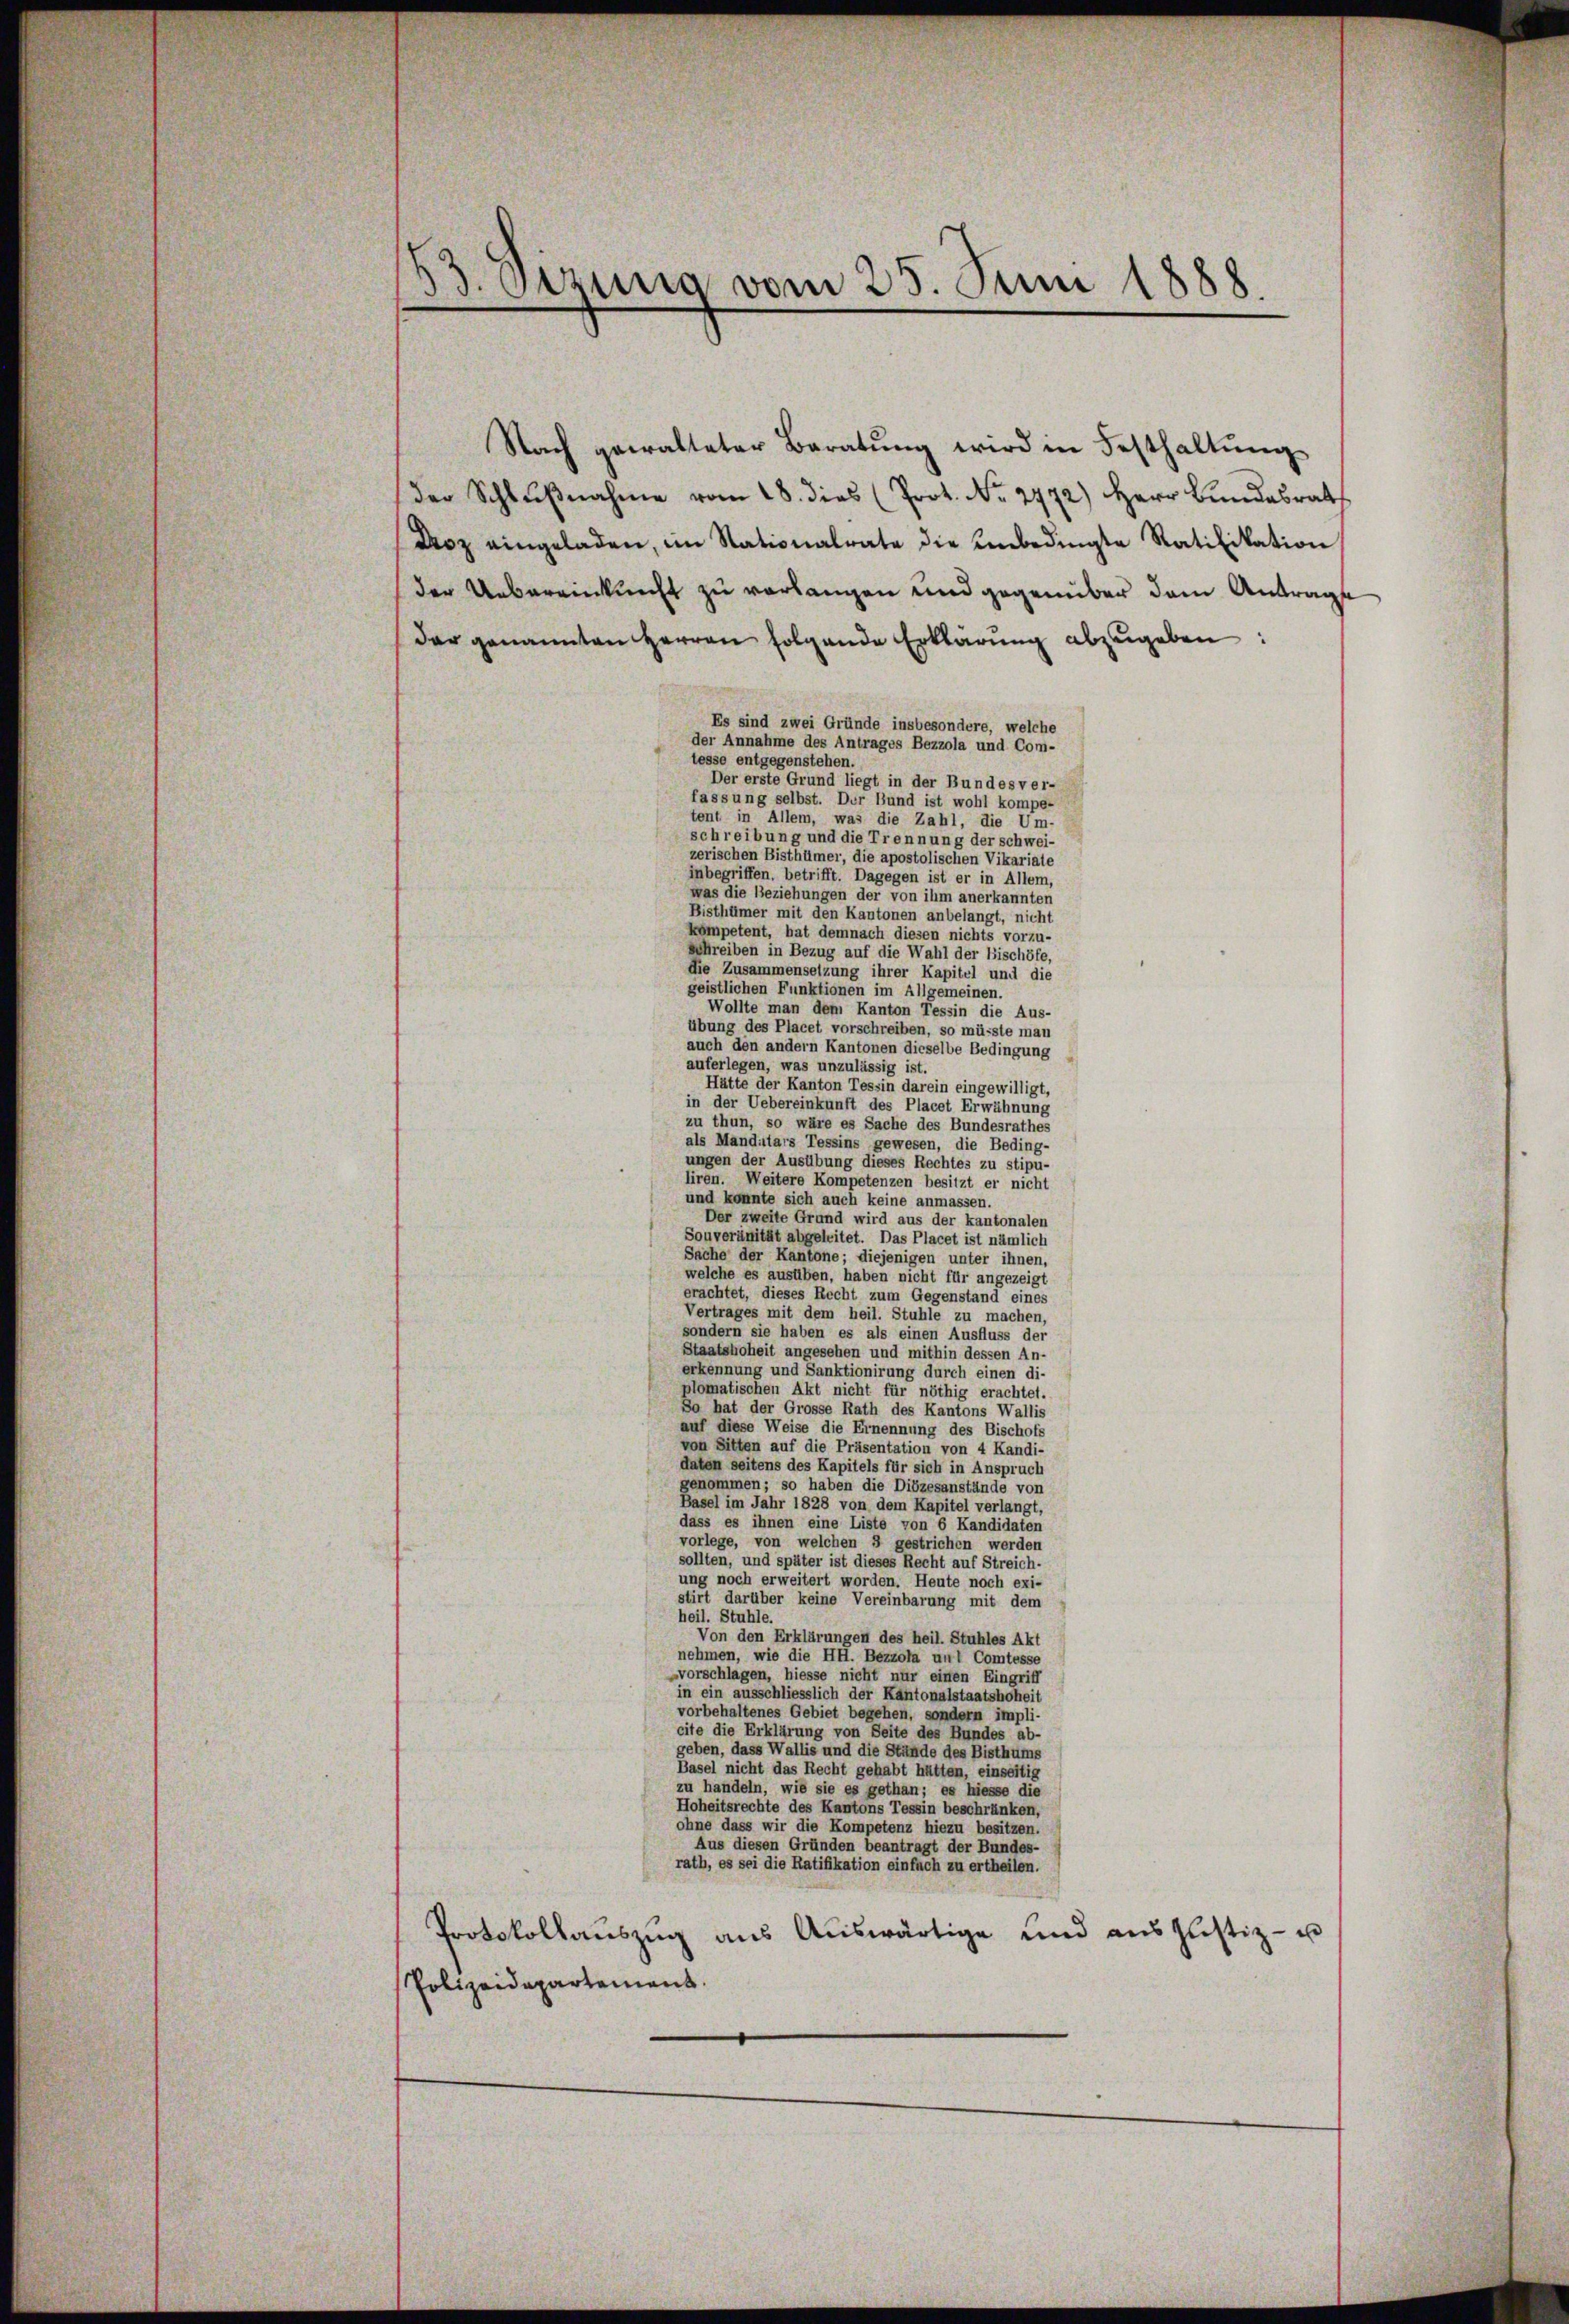
53. Sizung vom 25. Juni 1888.

Nach gewalteter Beratŭng wird in Festhaltung
der Schlŭβnahme vom 18. dies (Prot. Nr. 2472) Herr Bundesrat
Boz eingeladen, im Nationalrate die Unbedingte Ratifikation
der Uebereinkunft zu verlangen und gegenüber dem Antrage
dar genannten Herren folgende Erklärung abzugeben:
Es sind zwei Gründe insbesondere, welche
der Annahme des Antrages Bezzola und Com-
tesse entgegenstehen.
Der erste Grund liegt in der Bundesver-
fassung selbst. Der Bund ist wohl kompe-
tent in Allem, was die Zahl, die Um-
schreibung und die Trennung der schwei-
zerischen Bisthümer, die apostolischen Vikariate
inbegriffen, betrifft. Dagegen ist er in Allem,
was die Beziehungen der von ihm anerkannten
Bisthümer mit den Kantonen anbelangt, nicht
kompetent, hat demnach diesen nichts vorzu-
schreiben in Bezug auf die Wahl der Bischöfe,
die Zusammensetzung ihrer Kapitel und die
geistlichen Funktionen im Allgemeinen.
Wollte man dem Kanton Tessin die Aus-
übung des Placet vorschreiben, so müsste man
auch den andern Kantonen dieselbe Bedingung
auferlegen, was unzulässig ist.
Hätte der Kanton Tessin darein eingewilligt,
in der Uebereinkunft des Placet Erwähnung
zu thun, so wäre es Sache des Bundesrathes
als Mandatars Tessins gewesen, die Beding-
ungen der Ausübung dieses Rechtes zu stipu-
liren. Weitere Kompetenzen besitzt er nicht
und konnte sich auch keine anmassen.
Der zweite Grund wird aus der kantonalen
Souveränität abgeleitet. Das Placet ist nämlich
Sache der Kantone; diejenigen unter ihnen,
welche es ausüben, haben nicht für angezeigt
erachtet, dieses Recht zum Gegenstand eines
Vertrages mit dem heil. Stuhle zu machen,
sondern sie haben es als einen Ausfluss der
Staatshoheit angesehen und mithin dessen An-
erkennung und Sanktionirung durch einen di-
plomatischen Akt nicht für nöthig erachtet.
So hat der Grosse Rath des Kantons Wallis
auf diese Weise die Ernennung des Bischofs
von Sitten auf die Präsentation von 4 Kandi-
daten seitens des Kapitels für sich in Anspruch
genommen; so haben die Diözesanstände von
Basel im Jahr 1828 von dem Kapitel verlangt,
dass es ihnen eine Liste von 6 Kandidaten
vorlege, von welchen 3 gestrichen werden
sollten, und später ist dieses Recht auf Streich-
ung noch erweitert worden. Heute noch exi-
stirt darüber keine Vereinbarung mit dem
heil. Stuhle.
Von den Erklärungen des heil. Stuhles Akt
nehmen, wie die HH. Bezzola unt Comtesse
-vorschlagen, hiesse nicht nur einen Eingriff
in ein ausschliesslich der Kantonalstaatshoheit
vorbehaltenes Gebiet begehen, sondern impli-
cite die Erklärung von Seite des Bundes ab-
geben, dass Wallis und die Stände des Bisthums
Basel nicht das Recht gehabt hätten, einseitig
zu handeln, wie sie es gethan; es hiesse die
Hoheitsrechte des Kantons Tessin beschränken,
ohne dass wir die Kompetenz hiezu besitzen.
Aus diesen Gründen beantragt der Bundes-
rath, es sei die Ratifikation einfach zu ertheilen.
aus Auswärtige und ausmittiz- u
Protokollauszug
Polizeiderartement.